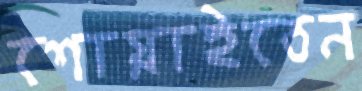
শোয়াইতেন